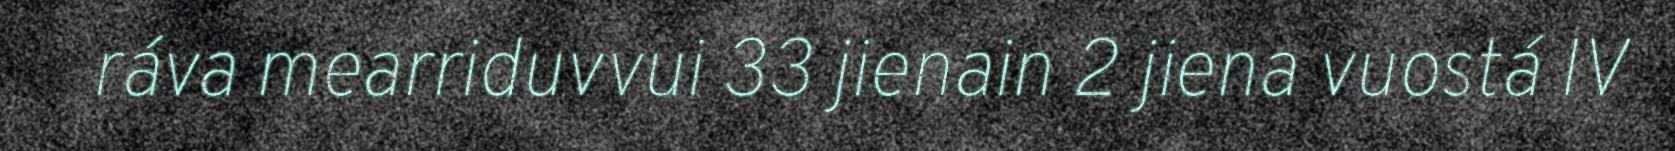
ráva mearriduvvui 33 jienain 2 jiena vuostá IV